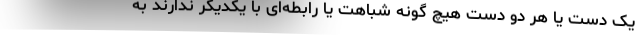
یک دست یا هر دو دست هیچ گونه شباهت یا رابطه‌ای با یکدیگر ندارند به